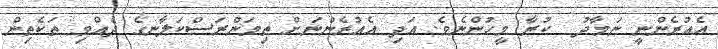
އެއުރެންނީ ނަމާދު  ކުރާ މީހުންނެވެ. އަދި އެއުރެންނަށް ތިމަންރަސްކަލާނގެ ދެއްވި ތަކެތިން